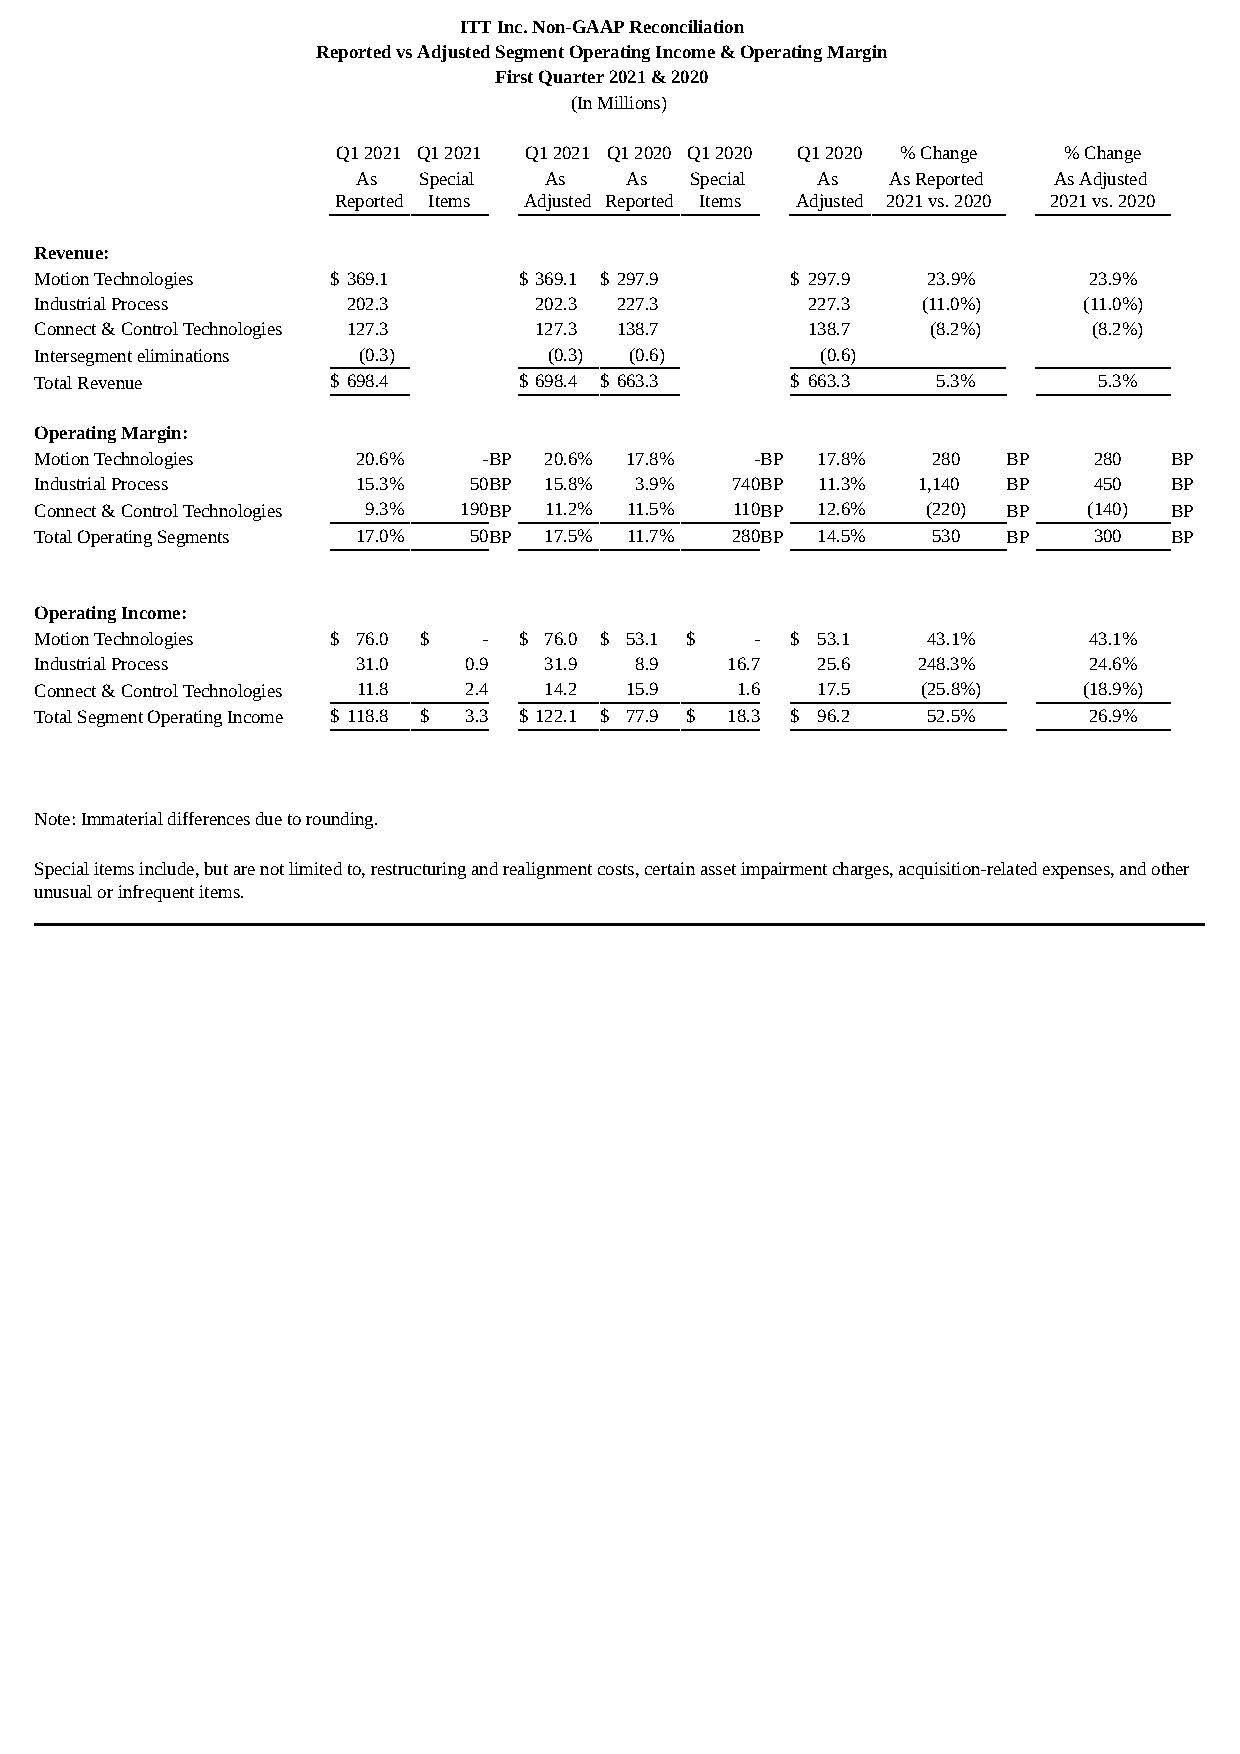
ITT Inc. Non-GAAP Reconciliation
 Reported vs Adjusted Segment Operating Income & Operating Margin
 First Quarter 2021 & 2020
 (In Millions)
 Q1 2021 Q1 2021 Q1 2021 Q1 2020 Q1 2020 Q1 2020 % Change % Change
 As  Special As   As   Special As   As Reported As Adjusted
 Reported Items Adjusted Reported Items Adjusted 2021 vs. 2020 2021 vs. 2020
 Revenue:
 Motion Technologies $ 369.1     $ 369.1 $ 297.9   $ 297.9  23.9%      23.9%
 Industrial Process   202.3       202.3 227.3       227.3   (11.0%)    (11.0%)
 Connect & Control Technologies 127.3 127.3 138.7   138.7    (8.2%)    (8.2%)
 Intersegment eliminations (0.3)   (0.3) (0.6)       (0.6)
 Total Revenue       $ 698.4     $ 698.4 $ 663.3   $ 663.3   5.3%       5.3%
 Operating Margin:
 Motion Technologies   20.6%   -BP 20.6% 17.8%   -BP 17.8%   280  BP   280  BP
 Industrial Process    15.3%  50BP 15.8% 3.9%  740BP 11.3%  1,140 BP   450  BP
 Connect & Control Technologies 9.3% 190BP 11.2% 11.5% 110BP 12.6% (220) BP (140) BP
 Total Operating Segments 17.0% 50BP 17.5% 11.7% 280BP 14.5% 530  BP   300  BP
 Operating Income:
 Motion Technologies $ 76.0 $  - $ 76.0 $ 53.1 $ - $ 53.1   43.1%      43.1%
 Industrial Process    31.0   0.9  31.9  8.9   16.7  25.6   248.3%     24.6%
 Connect & Control Technologies 11.8 2.4 14.2 15.9 1.6 17.5 (25.8%)    (18.9%)
 Total Segment Operating Income $ 118.8 $ 3.3 $ 122.1 $ 77.9 $ 18.3 $ 96.2 52.5% 26.9%
 Note: Immaterial differences due to rounding.
 Special items include, but are not limited to, restructuring and realignment costs, certain asset impairment charges, acquisition-related expenses, and other
 unusual or infrequent items.